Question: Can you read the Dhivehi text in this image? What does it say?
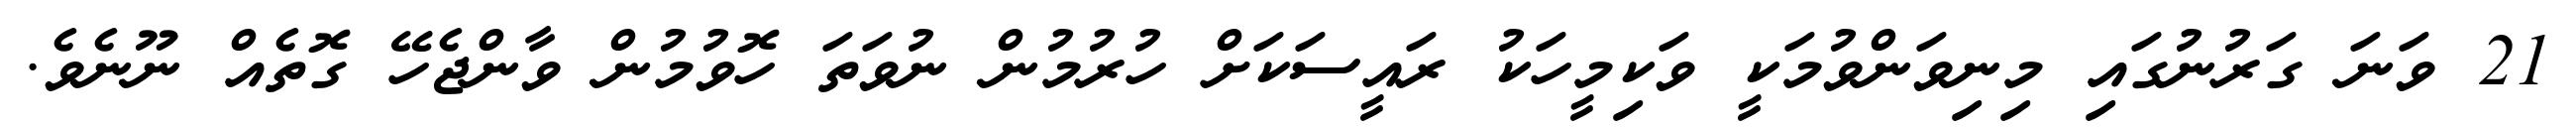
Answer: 21 ވަނަ ގަރުނުގައި މިނިވަންވުމަކީ ވަކިމީހަކު ރައީސަކަށް ހުރުމުން ނުވަތަ ހޮވުމުން ވާންޖެހޭ ގޮތެއް ނޫނެވެ.